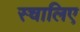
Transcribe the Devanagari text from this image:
स्चालिए